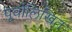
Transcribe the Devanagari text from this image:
पूर्वोलिखित